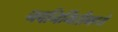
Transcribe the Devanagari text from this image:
नवनिर्मितीमध्‍ये